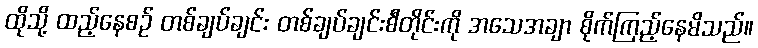
ထိုသို့ ထည့်နေစဉ် တစ်ချပ်ချင်း တစ်ချပ်ချင်းစီတိုင်းကို အသေအချာ စိုက်ကြည့်နေမိသည်။